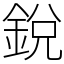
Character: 銳